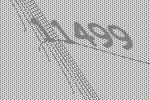
11499